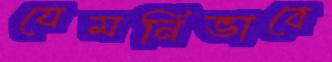
যেমনিভাবে